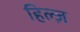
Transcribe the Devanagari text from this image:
हिल्ज़